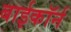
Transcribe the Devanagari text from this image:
बाईकॉर्न